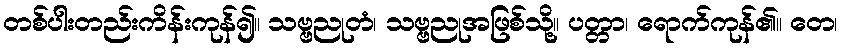
တစ်ပါးတည်းကိန်းကုန်၍။ သဗ္ဗညုတံ၊ သဗ္ဗညုအဖြစ်သို့။ ပတ္တာ၊ ရောက်ကုန်၏။ တေ၊